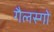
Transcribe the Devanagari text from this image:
गैलस्गो